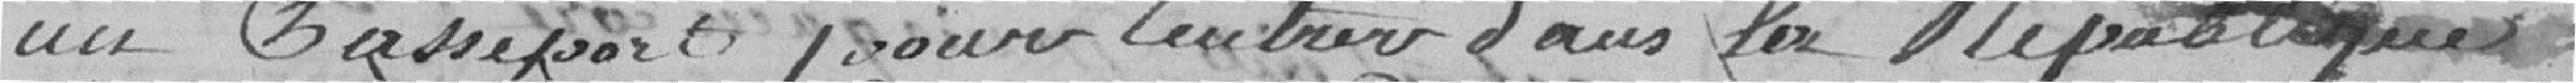
un Passeport pour entrer dans la République